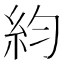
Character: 𥾡